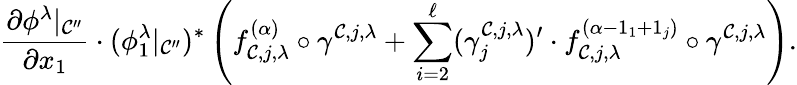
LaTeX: \frac{\partial\phi^{\lambda}|_{\mathcal{C}^{\prime\prime}}}{\partial x_{1}}\cdot(\phi_{1}^{\lambda}|_{\mathcal{C}^{\prime\prime}})^{*}\left(f_{\mathcal{C},j,\lambda}^{(\alpha)}\circ\gamma^{\mathcal{C},j,\lambda}+\sum_{i=2}^{\ell}(\gamma_{j}^{\mathcal{C},j,\lambda})^{\prime}\cdot f_{\mathcal{C},j,\lambda}^{(\alpha-1_{1}+1_{j})}\circ\gamma^{\mathcal{C},j,\lambda}\right).